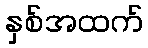
နှစ်အထက်